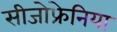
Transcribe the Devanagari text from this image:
सीजोफ्रेनिया